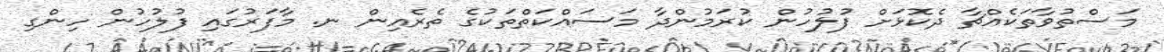
މަސްތުވާތަކެއްޗާ ދެކޮޅަށް ފުލުހުން ކުރަމުންދާ މަސައްކަތްތަކުގެ ތެރެއިން ނ. މާފަރުގައި ފުލުހުން ހިންގި